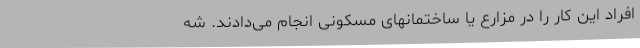
افراد این کار را در مزارع یا ساختمانهای مسکونی انجام می‌دادند. شه